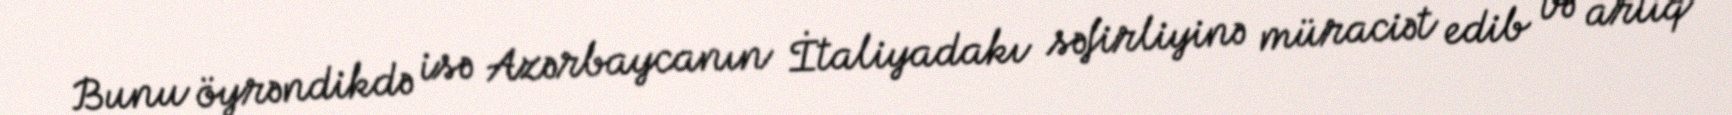
Bunu öyrəndikdə isə Azərbaycanın İtaliyadakı səfirliyinə müraciət edib və artıq